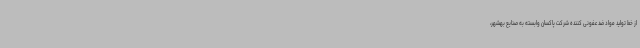
از خط تولید مواد ضد عفونی کننده شرکت پاکسان وابسته به صنایع بهشهر،